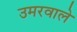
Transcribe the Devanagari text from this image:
उमरवाले